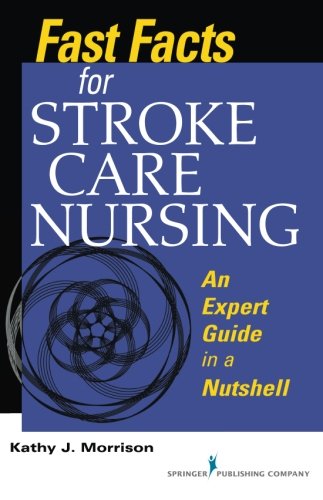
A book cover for Fast Facts for Stroke Care Nursing: An Expert Guide in a Nutshell (Fast Facts (Springer)); Kathy Morrison MSN  RN  CNRN  SCRN; Medical Books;